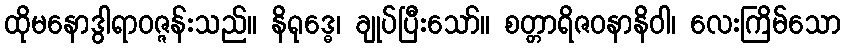
ထိုမနောဒွါရာဝဇ္ဇန်းသည်။ နိရုဒ္ဓေ၊ ချုပ်ပြီးသော်။ စတ္တာရိဇဝနာနိဝါ၊ လေးကြိမ်သော